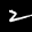
Label: 2